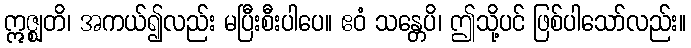
ဣဇ္ဈတိ၊ အကယ်၍လည်း မပြီးစီးပါပေ။ ဧဝံ သန္တေပိ၊ ဤသို့ပင် ဖြစ်ပါသော်လည်း။